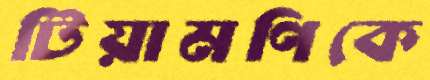
টিয়ামণিকে